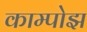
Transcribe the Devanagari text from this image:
काम्पोझ